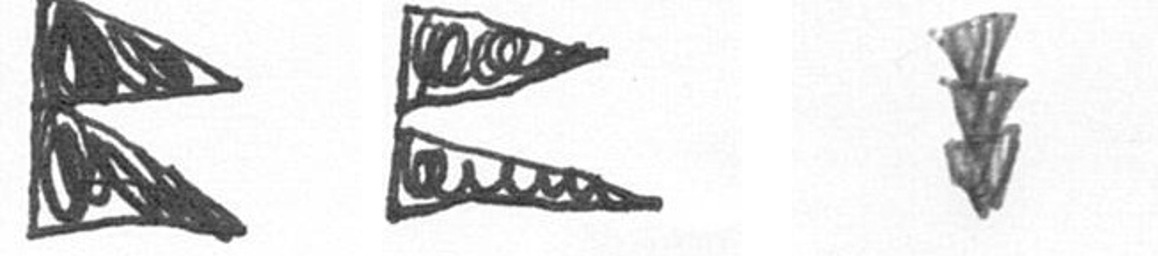
P P E